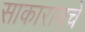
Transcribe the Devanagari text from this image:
साकारायचे